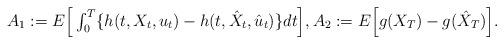
LaTeX: \begin{align*}\begin{array}{llll}A_1 := E\Big[ \int_0^T \{ h(t, X_t, u_t) - h(t, \hat{X}_t, \hat{u}_t) \}dt\Big], A_2 := E\Big[ g(X_T) - g(\hat{X}_T)\Big].\end{array}\end{align*}